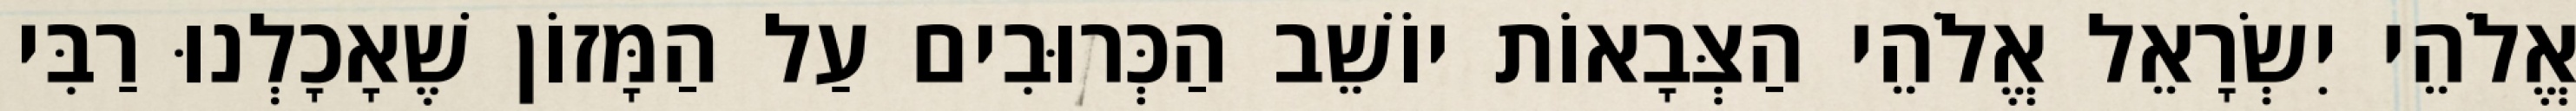
אֱלֹהֵי יִשְׂרָאֵל אֱלֹהֵי הַצְּבָאוֹת יוֹשֵׁב הַכְּרוּבִים עַל הַמָּזוֹן שֶׁאָכָלְנוּ רַבִּי